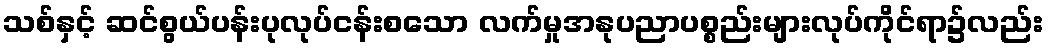
သစ်နှင့် ဆင်စွယ်ပန်းပုလုပ်ငန်းစသော လက်မှုအနုပညာပစ္စည်းများလုပ်ကိုင်ရာ၌လည်း